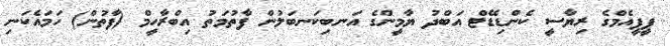
ޕީޕީއެމްގެ ރިޔާސީ ކެންޑިޑޭޓް އަބްދު ޔާމީންގެ އަނބިކަނބަލުން ފާތުމަތު އިބްރާހީމް (ފާތުން) ހަމައެކަނި